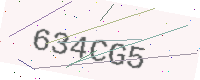
Text: 634CG5